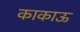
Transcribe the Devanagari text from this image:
काकाऊ